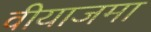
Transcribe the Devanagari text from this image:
वीयाजमा